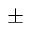
\pm